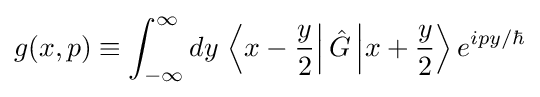
g(x,p)\equiv \int _{-\infty }^{\infty }dy\,\left\langle x-{\frac {y}{2}}\right|{\hat {G}}\left|x+{\frac {y}{2}}\right\rangle e^{ipy/\hbar }